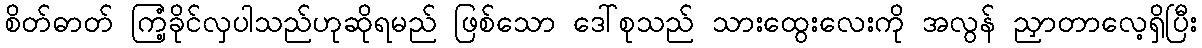
စိတ်ဓာတ် ကြံ့ခိုင်လှပါသည်ဟုဆိုရမည် ဖြစ်သော ဒေါ်စုသည် သားထွေးလေးကို အလွန် ညှာတာလေ့ရှိပြီး